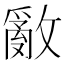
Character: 𢿳